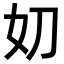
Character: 𭑪